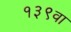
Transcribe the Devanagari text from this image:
१३९वा